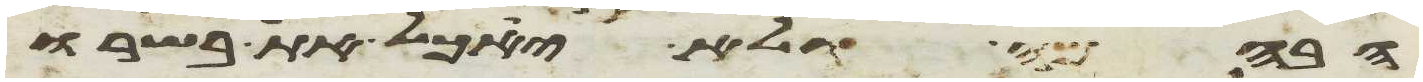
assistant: הבהמה ולא יאכל את בשרו